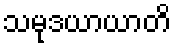
သမုဒယာယာတိ